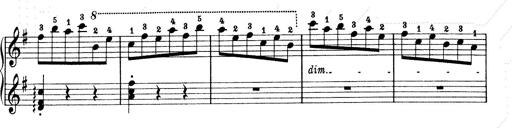
Title: 6 Polish Songs
Composer: Franz Liszt